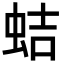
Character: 蛣